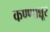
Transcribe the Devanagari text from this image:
कण्णान्नूर